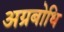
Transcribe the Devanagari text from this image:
अग्रबोधि